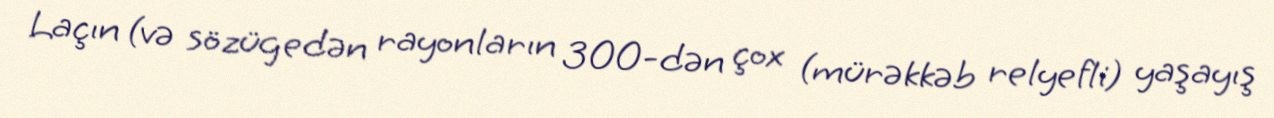
Laçın (və sözügedən rayonların 300-dən çox (mürəkkəb relyefli) yaşayış